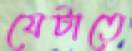
যেটাতে